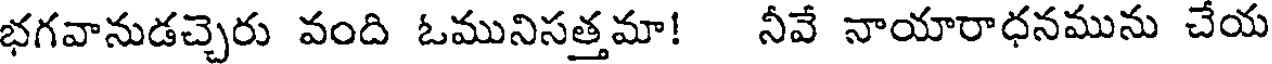
భగవానుడచ్చెరు వంది ఓమునిసత్తమా! నీవే నాయారాధనమును చేయ